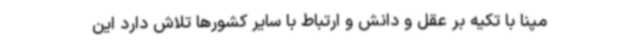
مپنا با تکیه بر عقل و دانش و ارتباط با سایر کشورها تلاش دارد این